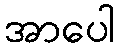
အာပေါ